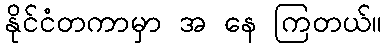
နိုင်ငံတကာမှာ အ နေ ကြတယ်။